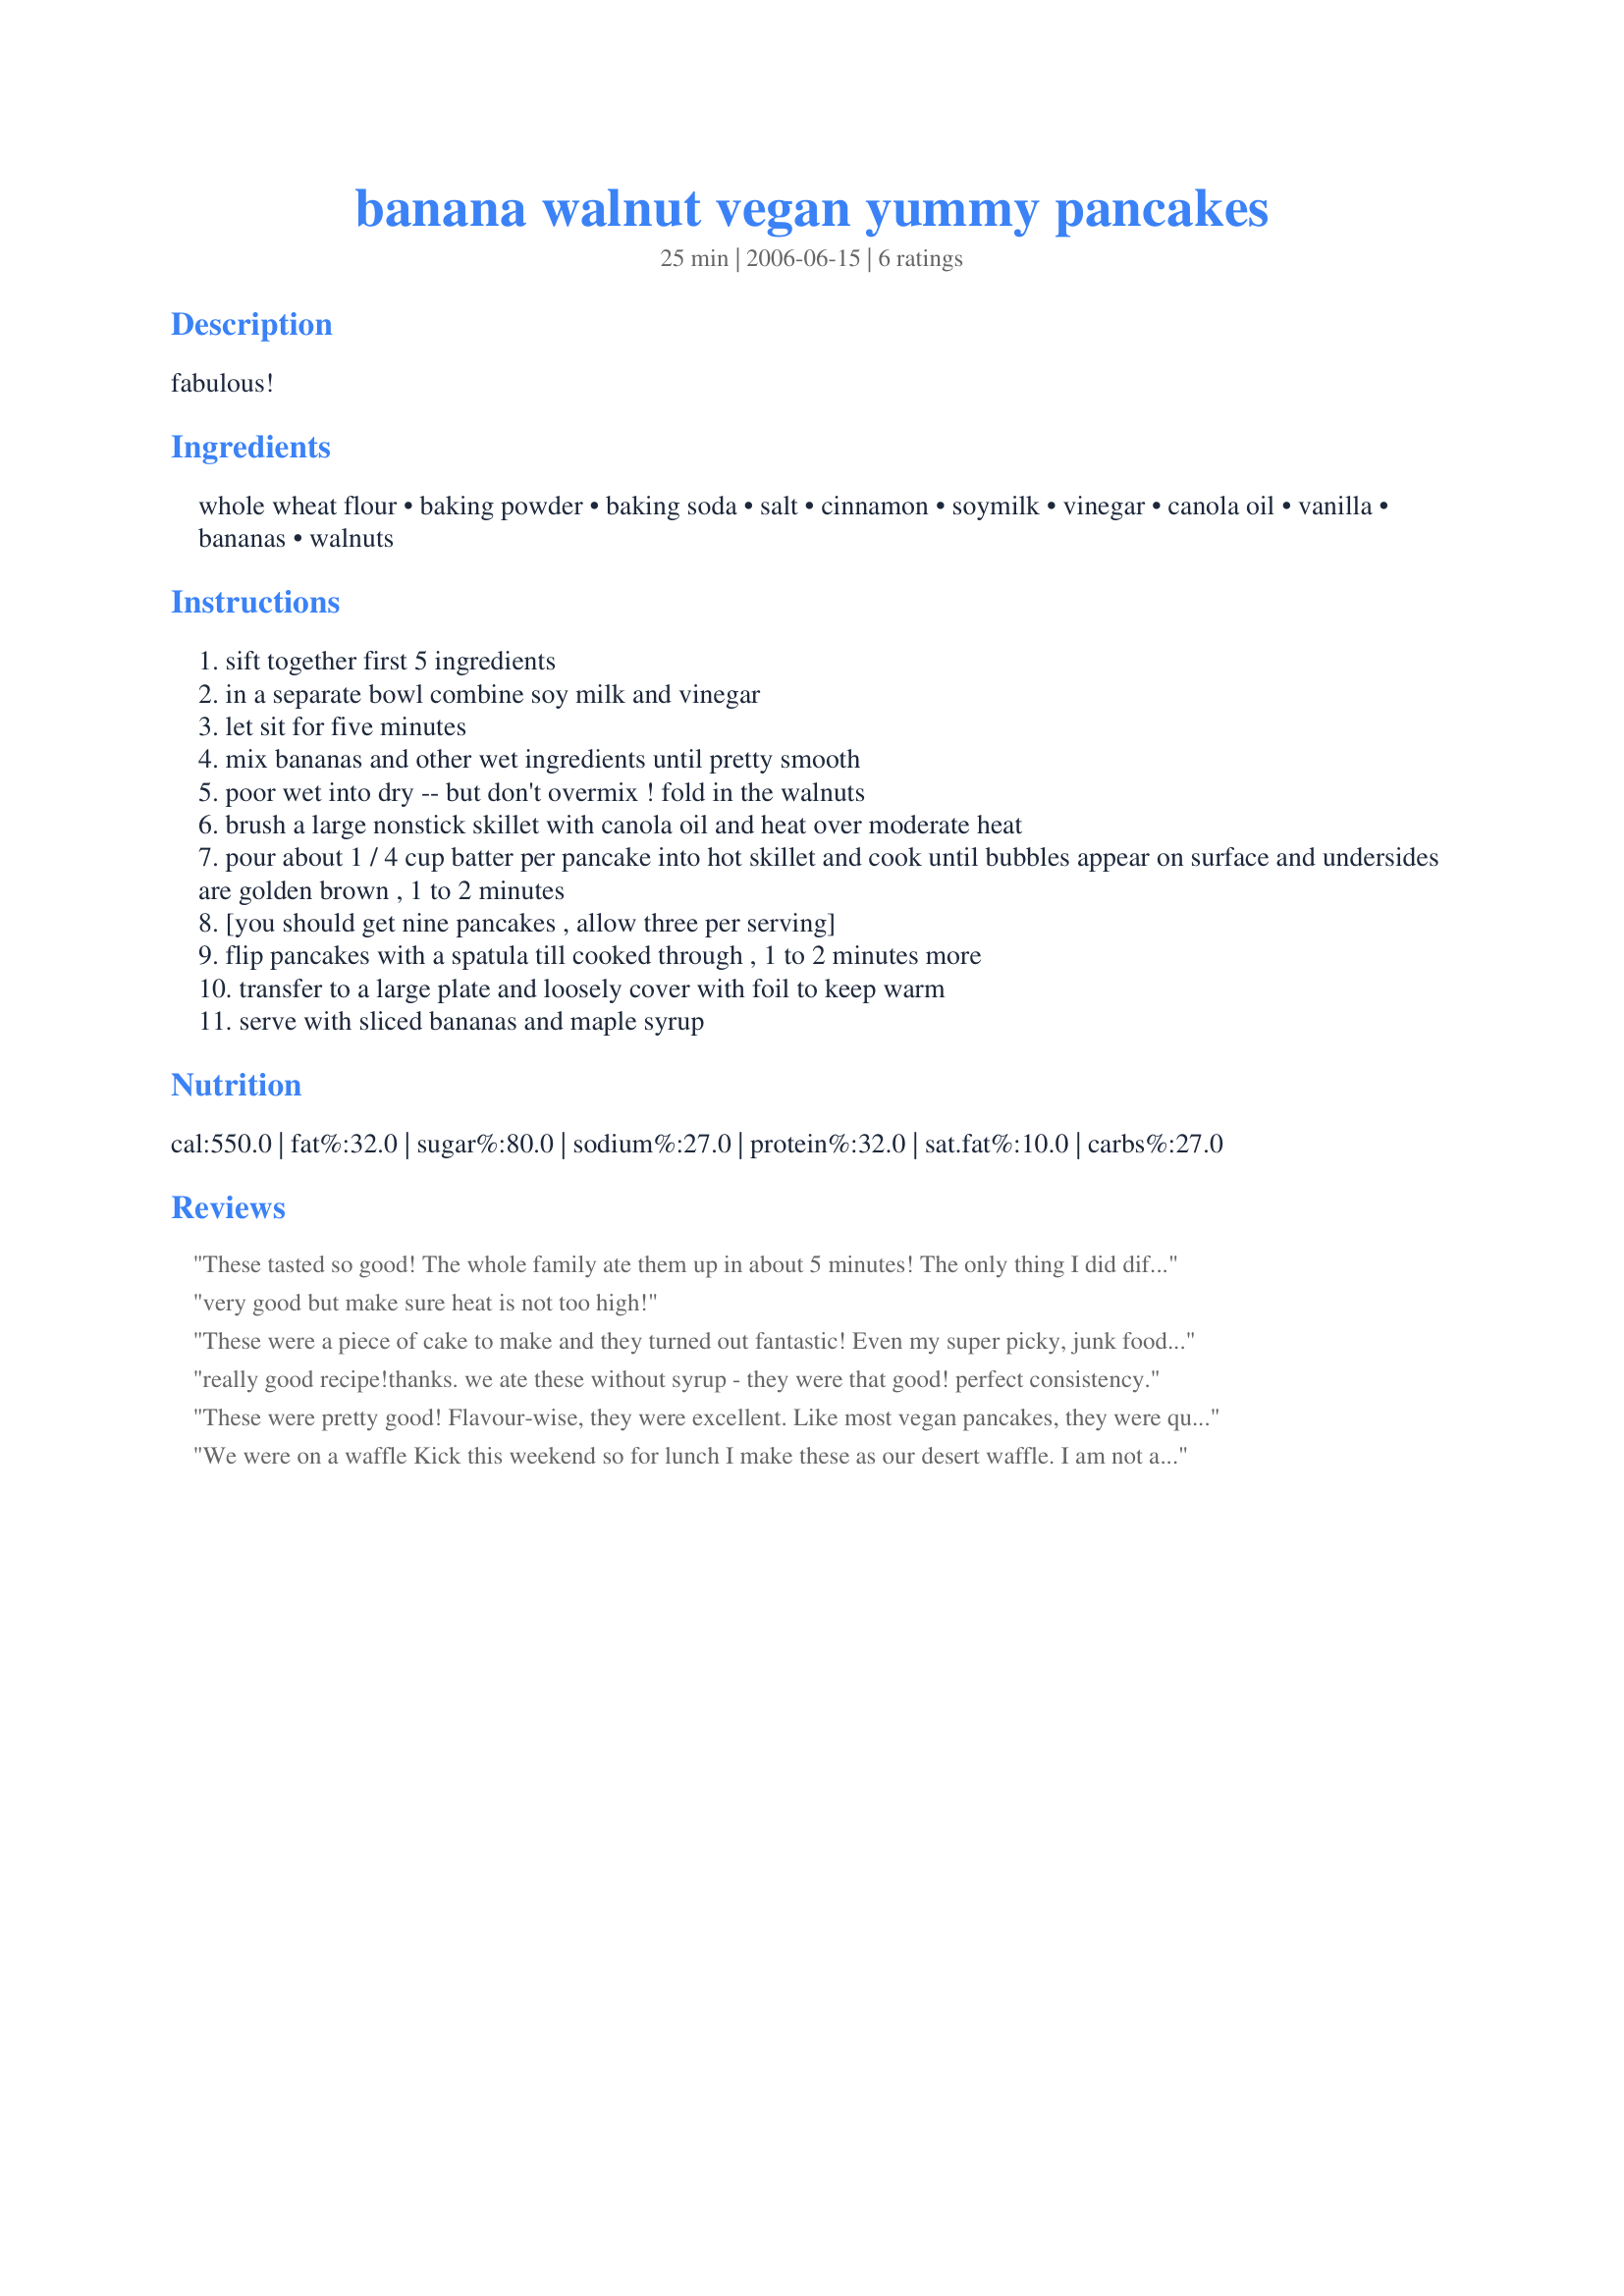
banana walnut vegan yummy pancakes
Preparation time: 25 minutes

fabulous!

Ingredients:
whole wheat flour, baking powder, baking soda, salt, cinnamon, soymilk, vinegar, canola oil, vanilla, bananas, walnuts

Steps:
sift together first 5 ingredients
in a separate bowl combine soy milk and vinegar
let sit for five minutes
mix bananas and other wet ingredients until pretty smooth
poor wet into dry -- but don't overmix ! fold in the walnuts
brush a large nonstick skillet with canola oil and heat over moderate heat
pour about 1 / 4 cup batter per pancake into hot skillet and cook until bubbles appear on surface and undersides are golden brown , 1 to 2 minutes
[you should get nine pancakes , allow three per serving]
flip pancakes with a spatula till cooked through , 1 to 2 minutes more
transfer to a large plate and loosely cover with foil to keep warm
serve with sliced bananas and maple syrup

Reviews:
These tasted so good! The whole family ate them up in about 5 minutes! The only thing I did different was add a little applesauce (1 cup soymilk and 1/2 cup applesauce) to the mixture and turn the walnuts into a walnut meal with my food processor. Turned out perfect. Thanks, we will make this again soon.
very good but make sure heat is not too high!
These were a piece of cake to make and they turned out fantastic! Even my super picky, junk food loving teenagers loved them!
really good recipe!<br/>thanks. we ate these without syrup - they were that good! perfect consistency.
These were pretty good! Flavour-wise, they were excellent. Like most vegan pancakes, they were quite heavy, but other than that: fab!
We were on a waffle Kick this weekend so for lunch I make these as our desert waffle. I am not a Vegan so I used milk. After making the first one I decided to add two tablespoons of sugar, because it seems to add the right amount of sweetness, makes the crust a little crisper as well. We ate them as little snack cakes, they taste so good, like banana bread in a waffle. Because I didnâ€™t have any walnuts and I ran out of vanilla this weekend I added black walnut extract, all there is left to say is yum. Thanks for the recipe.
